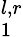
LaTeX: _1^{l,r}